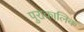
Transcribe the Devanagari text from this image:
पुराकालिक